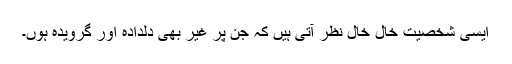
ایسی شخصیت خال خال نظر آتی ہیں کہ جن پر غیر بھی دلدادہ اور گرویدہ ہوں۔